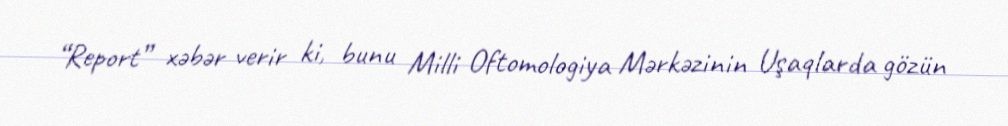
“Report” xəbər verir ki, bunu Milli Oftomologiya Mərkəzinin Uşaqlarda gözün